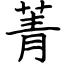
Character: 菁